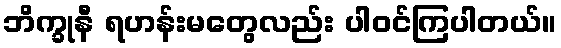
ဘိက္ခုနီ ရဟန်းမတွေလည်း ပါဝင်ကြပါတယ်။